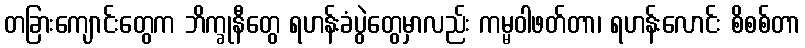
တခြားကျောင်းတွေက ဘိက္ခုနီတွေ ရဟန်းခံပွဲတွေမှာလည်း ကမ္မဝါဖတ်တာ၊ ရဟန်းလောင်း စိစစ်တာ